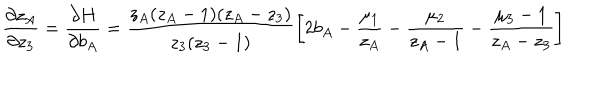
\frac { \partial z _ { A } } { \partial z _ { 3 } } = \frac { \partial H } { \partial b _ { A } } = \frac { z _ { A } ( z _ { A } - 1 ) ( z _ { A } - z _ { 3 } ) } { z _ { 3 } ( z _ { 3 } - 1 ) } \left[ 2 b _ { A } - \frac { \mu _ { 1 } } { z _ { A } } - \frac { \mu _ { 2 } } { z _ { A } - 1 } - \frac { \mu _ { 3 } - 1 } { z _ { A } - z _ { 3 } } \right]